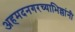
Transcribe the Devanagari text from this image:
अहमदनगरच्याभिल्लांनी